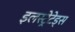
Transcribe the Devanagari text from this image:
इलस्ट्रेटेड्स